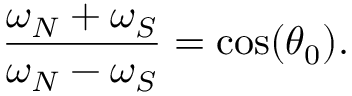
\frac { \omega _ { N } + \omega _ { S } } { \omega _ { N } - \omega _ { S } } = \cos ( \theta _ { 0 } ) .